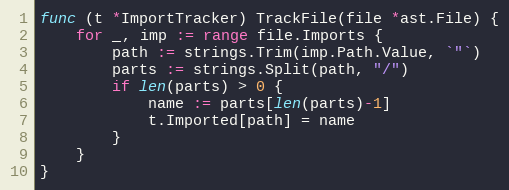
Language: Go
func (t *ImportTracker) TrackFile(file *ast.File) {
	for _, imp := range file.Imports {
		path := strings.Trim(imp.Path.Value, `"`)
		parts := strings.Split(path, "/")
		if len(parts) > 0 {
			name := parts[len(parts)-1]
			t.Imported[path] = name
		}
	}
}